Vaccination United Provinces of Agra and Oudh 1923-1928 - 1923-1928
Year: 1923
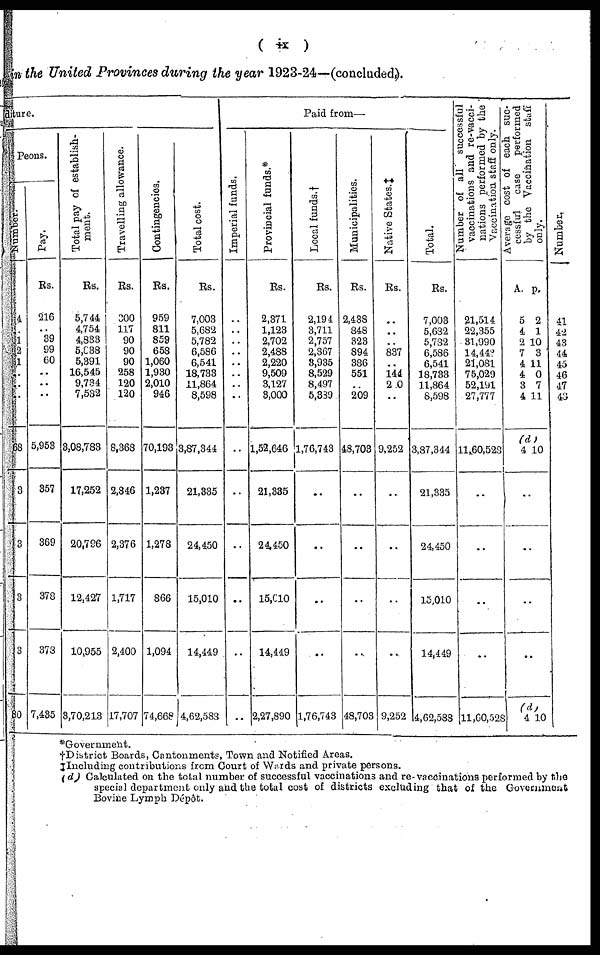
( ix)
in the United Provinces during the year 1923-24—(concluded).
ture.
Peons.
Number.
4
..
1
2
1
..
..
..
68
3
3
3
3
80
Pay.
Rs.
216
..
39
99
60
..
..
..
5,953
357
369
378
373
7,435
Total pay of establish-
ment.
Rs.
5,744
4,754
4,833
5,838
5,391
16,545
9,734
7,532
3,08,783
17,252
20,796
12,427
10,955
3,70,213
Travelling allowance.
Rs.
300
117
90
90
90
258
120
120
8,368
2,846
2,376
1,717
2,400
17,707
Contingencies.
Rs.
959
811
859
658
1,060
1,930
2,010
946
70,193
1,287
1,278
866
1,094
74,668
Total cost.
Rs.
7,003
5,682
5,782
6,586
6,541
18,733
11,864
8,598
3,87,344
21,335
24,450
15,010
14,449
4,62,583
Paid from—
Imperial funds.
..
..
..
..
..
..
..
..
..
..
..
..
..
..
Provincial funds.*
Rs.
2,371
1,123
2,702
2,488
2,220
9,509
3,127
3,000
1,52,646
21,335
24,450
15,610
14,449
2,27,890
Local funds.†
Rs.
2,194
3,711
2,757
2,367
3,935
8,529
8,497
5,389
1,76,743
..
..
..
..
1,76,743
Municipalities.
Rs.
2,438
848
323
894
386
551
..
209
48,703
..
..
..
..
48,703
Native States.‡
Rs.
..
..
..
837
..
144
200
..
9,252
..
..
..
..
9,252
Total.
Rs.
7,003
5,682
5,782
6,586
6,541
18,733
11,864
6,598
3,87,344
21,335
24,450
15,010
14,449
4,62,588
Number of all
successful
vaccinations and re-vacci-
nations performed by the
Vaccination staff only.
21,514
22,355
31,990
14,443
21,081
75,029
52,191
27,777
11,60,528
..
..
..
..
11,60,528
Ave r
a ge c o s t of e a c h suc-
cessful case performed
by the Vaccination
only.
A.
5
4
2
7
4
4
3
4
p.
2
1
10
3
11
0
7
11
(d)
4 10
..
..
..
..
(d)
4 10
Number.
41
42
43
44
45
46
47
43
*Government.
†District Boards, Cantonments, Town and Notified Areas.
‡ Including contributions from Court of Wards and private persons.
(d) Calculated on the total number of successful vaccinations and re-vaccinations performed by the
special department only and the total cost of districts excluding that of the Government
Bovine Lymph Dépôt.